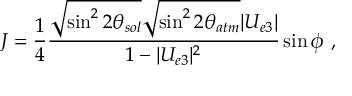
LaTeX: \delta _ { v } j ^ { i _ { 1 } \ldots i _ { s } } = [ D - 2 + s ] ( v \cdot x ) j ^ { i _ { 1 } \ldots i _ { s } } + \sum _ { p = 1 } ^ { s } ( v ^ { i _ { p } } x _ { k } - x ^ { i _ { p } } v _ { k } ) j ^ { i _ { 1 } \ldots i _ { p - 1 } k \; i _ { p + 1 } \ldots i _ { s } }